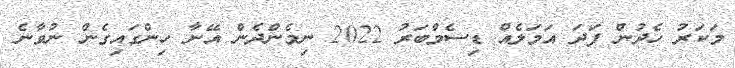
މަކަރު ހެދުން ފަދަ އަމަލެއް ޑިސެމްބަރު 2022 ނިމެންދެން އޭނާ ހިންގައިގެން ނުވާނެ